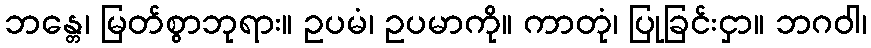
ဘန္တေ၊ မြတ်စွာဘုရား။ ဥပမံ၊ ဥပမာကို။ ကာတုံ၊ ပြုခြင်းငှာ။ ဘဂဝါ၊